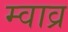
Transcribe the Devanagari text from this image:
म्वाव्र